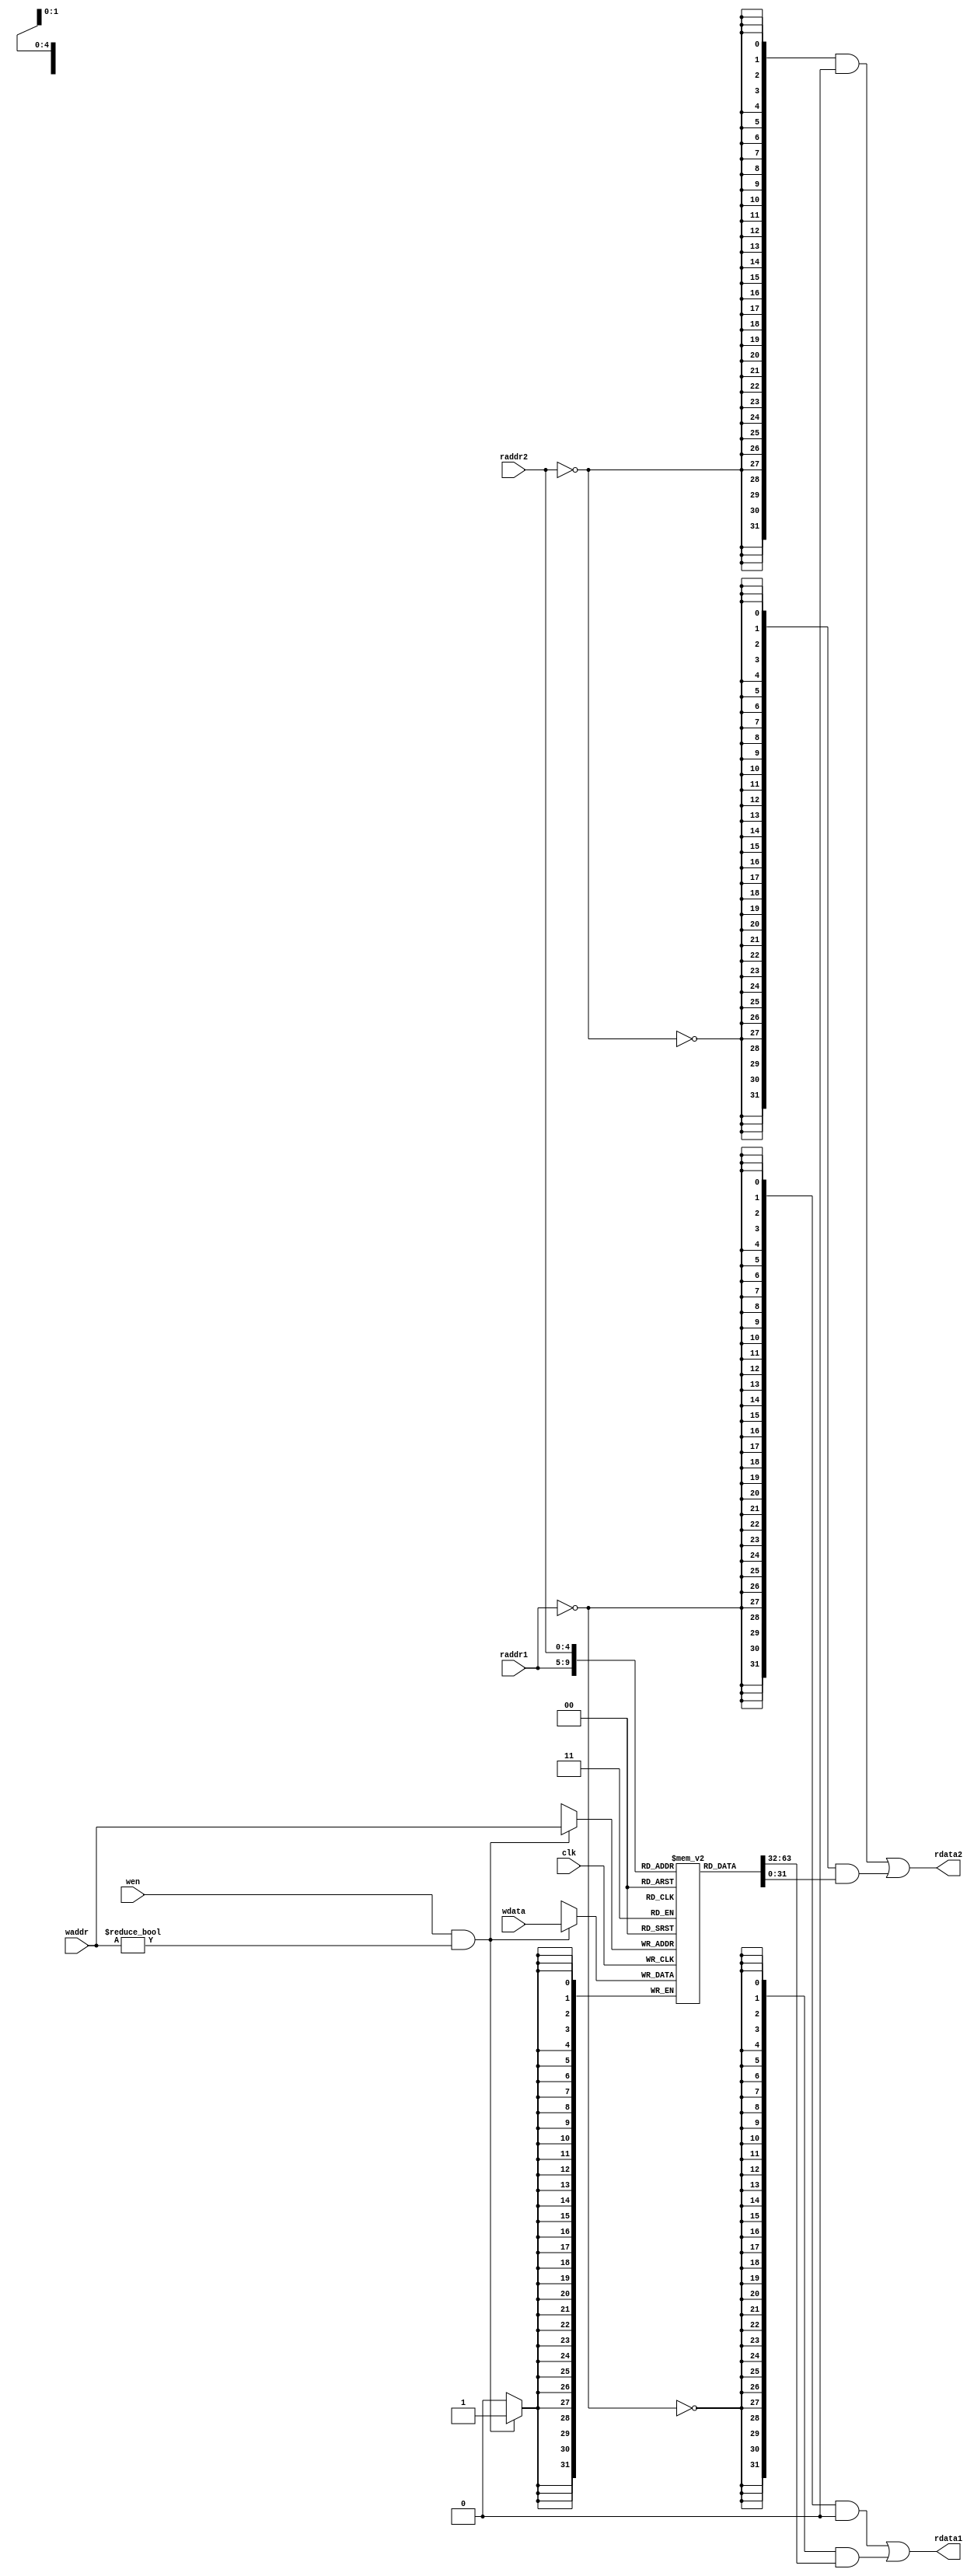
`timescale 10 ns / 1 ns

`define DATA_WIDTH 32
`define ADDR_WIDTH 5

module reg_file(
	input                       clk,    //
	input  [`ADDR_WIDTH - 1:0]  waddr,  //	
	input  [`ADDR_WIDTH - 1:0]  raddr1, //1
	input  [`ADDR_WIDTH - 1:0]  raddr2, //2
	input                       wen,    //
	input  [`DATA_WIDTH - 1:0]  wdata,  //
	output [`DATA_WIDTH - 1:0]  rdata1, //1
	output [`DATA_WIDTH - 1:0]  rdata2  //2
);

	// TODO: Please add your logic design here
	
	reg [`DATA_WIDTH-1:0] regfile [`DATA_WIDTH-1:0]; // 3232

    always @(posedge clk) begin
        if (wen && waddr != 0) begin // wen1waddr0
            regfile[waddr] <= wdata;
        end
    end

    // 1
    assign rdata1 = ({32{raddr1 == 0}} & `DATA_WIDTH'b0) | ({32{~(raddr1 == 0)}} & regfile[raddr1]);
    // 2
    assign rdata2 = ({32{raddr2 == 0}} & `DATA_WIDTH'b0) | ({32{~(raddr2 == 0)}} & regfile[raddr2]);
    
endmodule